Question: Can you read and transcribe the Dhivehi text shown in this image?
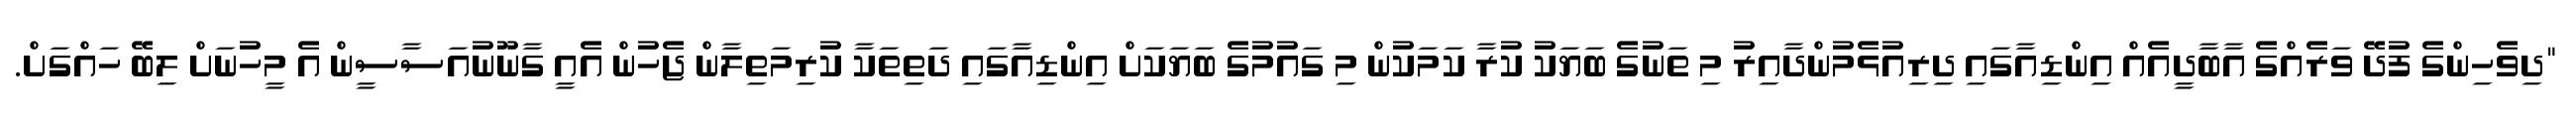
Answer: "ދިވެހިންގެ ފުދޭ ވަރެއްގެ އާބާދީއެއް އިންޑިއާގައި ދިރިއުޅެމުންދާއިރު މި ތަނުގެ ބަޔަކު ކުރާ ކަމަކުން މި ގައުމުގެ ބަޔަކަށް އިންޑިއާގައި ދަތިތަކާ ކުރިމަތިލާން ޖެހުން އެއީ ގާނޫނުއަސާސީން އެ މީހުނަށް ލިބޭ ހައްގަށް.